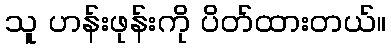
သူ ဟန်းဖုန်းကို ပိတ်ထားတယ်။